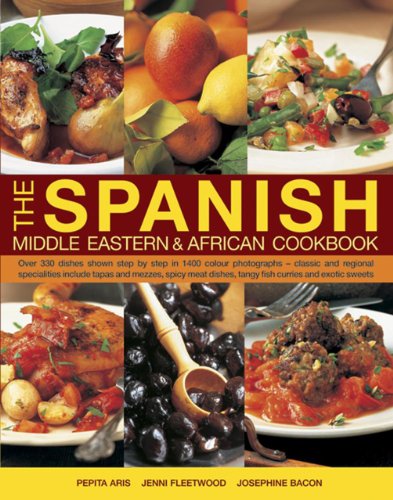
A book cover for The Spanish, Middle Eastern & African Cookbook: Over 330 Dishes Shown Step By Step In 1400 Photographs, Classic And Regional Specialties Include Tapas ... Dishes, Tangy Fish Curries And Exotic Sweets; Pepita Aris; Cookbooks, Food & Wine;